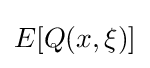
E[Q(x,\xi )]